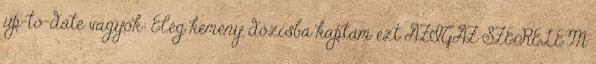
up-to-date vagyok: Elég kemény dózisba kaptam ezt AZIGAZ SZERELEM